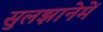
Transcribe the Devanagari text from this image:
सुलझानेमें